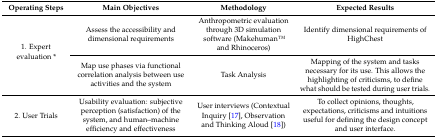
| Operating Steps | Main Objectives | Methodology | Expected Results |
 | --- | --- | --- | --- |
 | <ROWSPAN=2> 1. Expert evaluation * | Assess the accessibility and dimensional requirements | Anthropometric evaluation through 3D simulation software (MakehumanTM and Rhinoceros) | Identify dimensional requirements of HighChest |
 | Map use phases via functional correlation analysis between use activities and the system | Task Analysis | Mapping of the system and tasks necessary for its use. This allows the highlighting of criticisms, to define what should be tested during user trials. |
 | 2. User Trials | Usability evaluation: subjective perception (satisfaction) of the system, and human–machine efficiency and effectiveness | User interviews (Contextual Inquiry [17], Observation and Thinking Aloud [18]) | To collect opinions, thoughts, expectations, criticisms and intuitions useful for defining the design concept and user interface. |